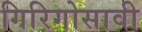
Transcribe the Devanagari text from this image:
गिरिगोसावी